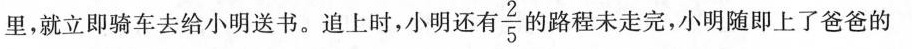
里，就立即骑车去给小明送书。追上时，小明还有\frac{2}{5}路程未走完，小明随即上了爸爸的